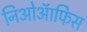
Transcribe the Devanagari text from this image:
निओऑफिस